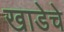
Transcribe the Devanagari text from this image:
खाडेचे